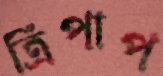
ত্রিপাপ